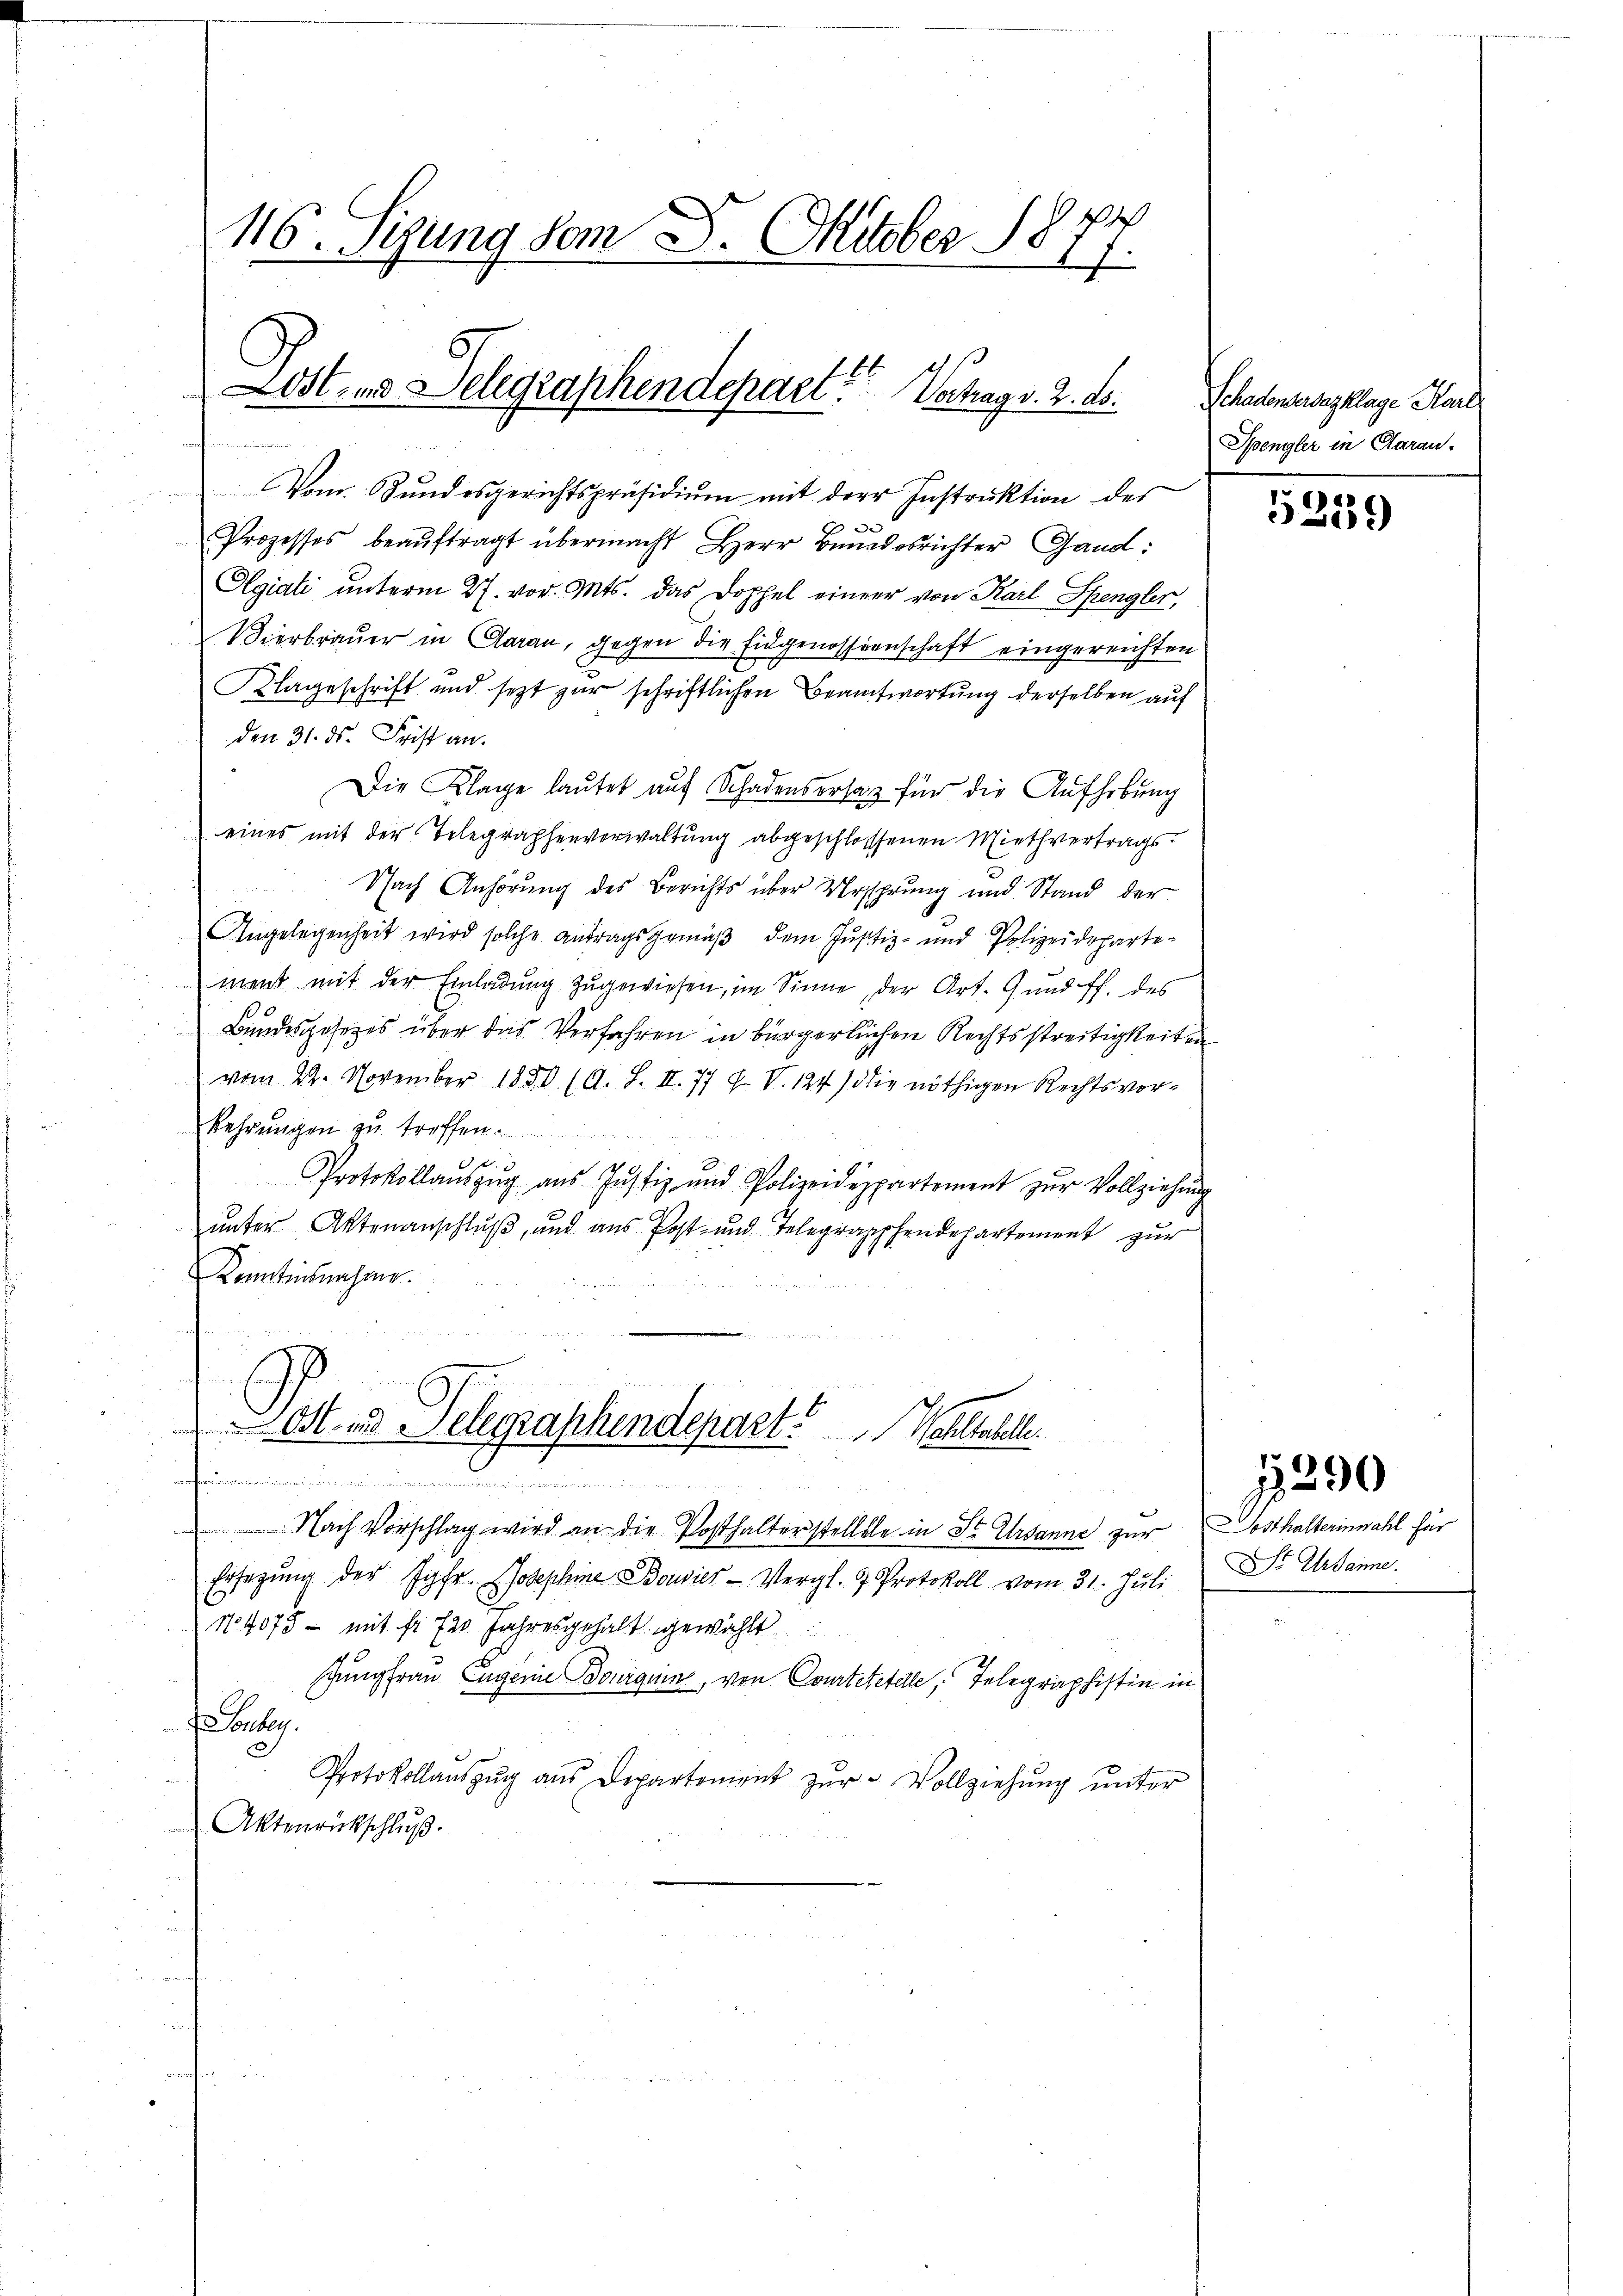
116. Sizung vom 8. Oktober 1877.

Lost- us Delegraphendepart. Schag v. 3. ds.

Vom Bundesgerichtspräsidiŭm mit der Instruktion des
3
Prozesses beaŭftragt übermacht Herr Bundesrichter Gand:
Olgiati unterm 27. vor. Mts. das Doppel einer von Karl Spengler,
Vierbrauer in Claran, gegen die Eidgenossenschaft eingereichten
Klageschrift und sezt zur schriftlichen Beantwortung derselben auf
den 31. ds. Frist an.
Die Klage lautet auf Schadensersatz für die Aufhebung
eines mit der Telegraphenverwaltung abgeschlossenen Miethvertrags¬
Nach Anhörung des Berichts über Ursprung und Stand der
Angelegenheit wird solche Antragsgemäß dem Justiz- und Polizeidepartement mit der Einladŭng zugewiesen, im Sinne, der Art. 9 und ff. des
Bundesgesezes über das Verfahren in bürgerlichen Rechtsstreitigkeiten
vom 22. November 1850. (A. S. II. 77 f. V. 124) die nöthigen Rechtsvorkehrungen zu treffen.
Protokollaŭszŭg aŭs Justiz und Polizeidepartement zŭr Vollziehŭng
ŭnter Aktenanschlŭβ, und aŭs Post- und Telegraphendepartement zŭr
Kenntnisnahme.
 2 2 S
Ost- und Telegraphendepart. Wohltabelle.
 . St
Nach Vorschlag wird an die Posthalterstellele in St. Ursanne zur Dosthalterinwahl für
Ersetzŭng der Jgfr. Josephine Bousier-Vergl. 9 Protokoll vom 31. Jŭli Dr. Urbanne
N4075 - mit fr. 720 Jahresgehalt gewählt
Jungfrau Eugenie Bourquin, von Courtetetele, Telegraphistin in
Fonberg.
Protokollaŭszŭg aŭs Departement zŭr Vollziehŭng ŭnter
Aktenrückschluß.

.

Schadensessklage Karl
Spengler in Garan.

5239

1290